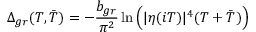
\Delta _ { g r } ( T , \bar { T } ) = - \frac { b _ { g r } } { \pi ^ { 2 } } \ln \Big ( | \eta ( i T ) | ^ { 4 } ( T + \bar { T } ) \Big )